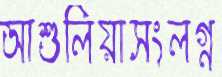
আশুলিয়াসংলগ্ন